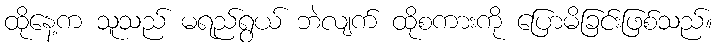
ထိုနေ့က သူသည် မရည်ရွယ် ဘဲလျက် ထိုစကားကို ပြောမိခြင်းဖြစ်သည်။